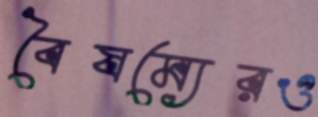
বৈষম্যেরও